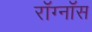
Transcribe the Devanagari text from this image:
रॉग्नॉस